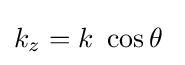
{\textstyle k_{z}=k~\cos \theta ~}